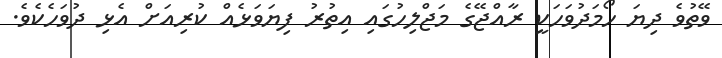
ވޭތުވެ ދިޔަ ހޯމަދުވަހަކީ ރާއްޖޭގެ މަޖްލިހުގައި އިތުރު ފިޔަވަޅެއް ކުރިއަށް އެޅި ދުވަހެކެވެ.